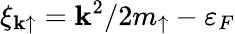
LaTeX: \xi_{\mathbf{k}\uparrow}={\mathbf k}^{2}/2m_{\uparrow}-\varepsilon_{F}